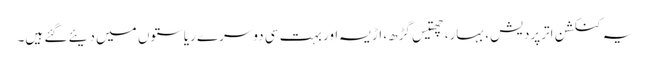
یہ کنکشن اترپردیش، بہار، چھتیس گڑھ، اڑیسہ اور بہت سی دوسرے ریاستوں میں دیئے گئے ہیں۔